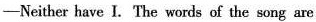
-Neither have I. The words of the song are